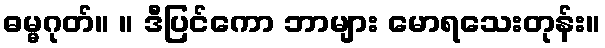
ဓမ္မဂုတ်။ ။ ဒီပြင်ကော ဘာများ မောရသေးတုန်း။